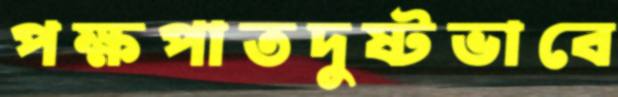
পক্ষপাতদুষ্টভাবে